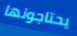
يحتاجونها